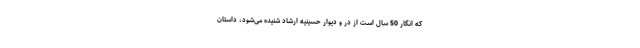
که انگار 50 سال است از در و دیوار حسینیه ارشاد شنیده می‌شود، داستان